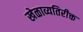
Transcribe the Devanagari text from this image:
खेळाव्यतिरीक्त